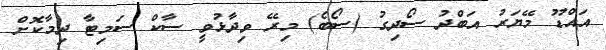
އައްޑޫ މޭޔަރު އަބްދު ސޯދިގު (ސޯބެ) މިރޭ ވިދާޅުވީ ސާކް ސަމިޓާ ދިމާކޮށް